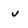
Character: v